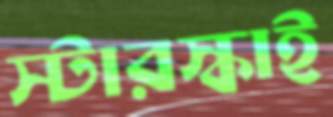
স্টারস্কাই